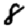
Digit: 8